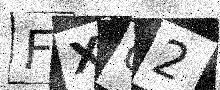
Text: FXG2